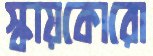
স্কায়কোরো